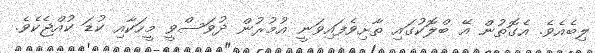
ލިބެއެވެ. އެގޮތުން އޭ ބްލޮކުގައި ތާށިވެފައިވަނީ އުމުރުން ދުވަސްވީ މީހަކާއި ކުޑަ ކުއްޖެކެވެ.